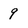
Character: 9